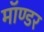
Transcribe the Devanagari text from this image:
मॉण्डर